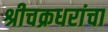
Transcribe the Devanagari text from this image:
श्रीचक्रधरांचा